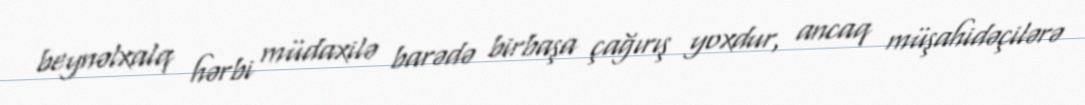
beynəlxalq hərbi müdaxilə barədə birbaşa çağırış yoxdur, ancaq müşahidəçilərə